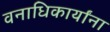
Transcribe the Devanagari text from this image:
वनाधिकार्यांना